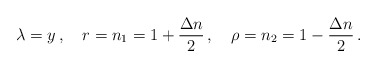
\begin{align*} \lambda=y\,,\quad r=n_1=1+\frac{\Delta n}{2}\,,\quad \rho=n_2=1-\frac{\Delta n}{2}\,.\end{align*}